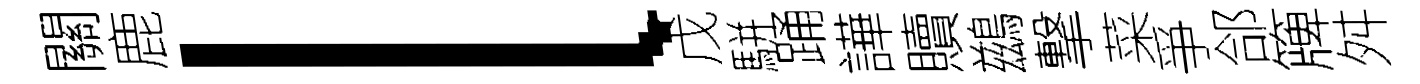
關鹿l戊駢踊譁贖鷀撃菜爭郃簰舛